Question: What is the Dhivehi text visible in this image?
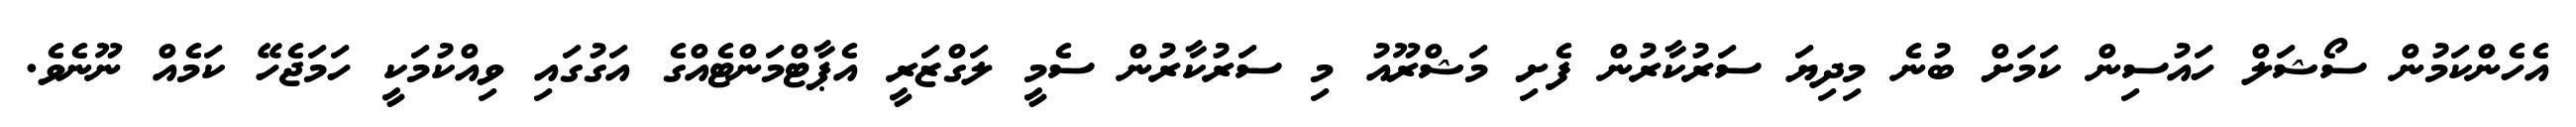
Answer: އެހެންކަމުން ސޯޝަލް ހައުސިން ކަމަށް ބުނެ މިދިޔަ ސަރުކާރުން ފެށި މަޝްރޫއު މި ސަރުކާރުން ސެމީ ލަގްޒަރީ އެޕާޓްމަންޓެއްގެ އަގުގައި ވިއްކުމަކީ ހަމަޖެހޭ ކަމެއް ނޫނެވެ.